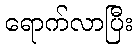
ရောက်လာပြီး